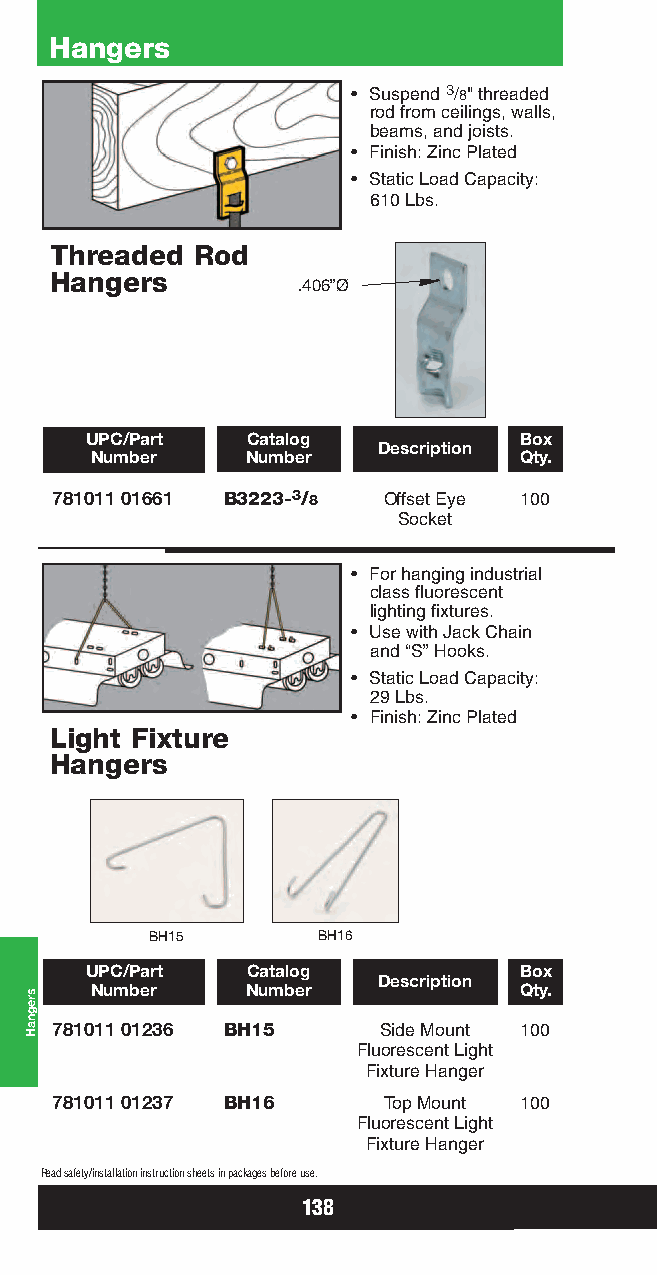
Hangers
 • Suspend 3/8" threaded
 rod from ceilings, walls,
 beams, and joists.
 • Finish: Zinc Plated
 • Static Load Capacity:
 610 Lbs.
 Threaded  Rod
 Hangers
 .406”Ø
 UPC/Part  Catalog           Box
 Description
 Number    Number            Qty.
 781011 01661 B3223-3/8 Offset Eye 100
 Socket
 • For hanging industrial
 class fluorescent
 lighting fixtures.
 • Use with Jack Chain
 and “S” Hooks.
 • Static Load Capacity:
 29 Lbs.
 • Finish: Zinc Plated
 Light Fixture
 Hangers
 BH15       BH16
 UPC/Part  Catalog           Box
 Description
 Number    Number            Qty.
 781011 01236 BH15     Side Mount 100
 Fluorescent Light
 Fixture Hanger
 781011 01237 BH16     Top Mount 100
 Fluorescent Light
 Fixture Hanger
 Read safety/installation instruction sheets in packages before use.
 138
 sregnaH